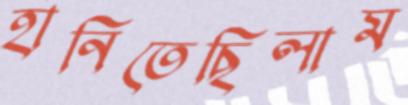
হানিতেছিলাম